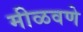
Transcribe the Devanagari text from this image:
मीळवणे